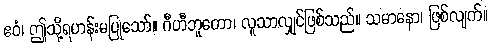
ဧဝံ၊ ဤသို့ရဟန်းမပြုသော်။ ဂီဟီဘူတော၊ လူသာလျှင်ဖြစ်သည်။ သမာနော၊ ဖြစ်လျက်။